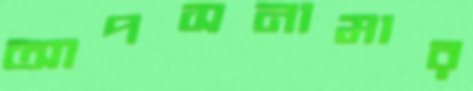
আপসনামার